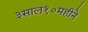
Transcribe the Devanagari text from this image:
३साल१०महीने